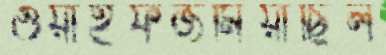
ওয়াইফজমিয়াছিল